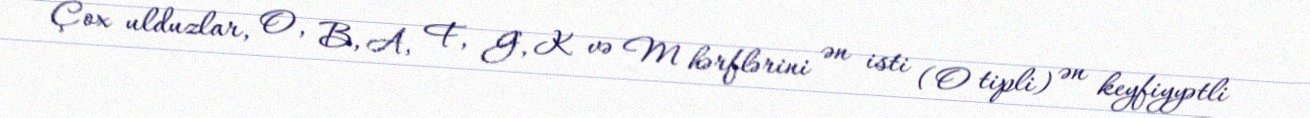
Çox ulduzlar, O, B, A, F, G, K və M hərflərini ən isti (O tipli) ən keyfiyyətli